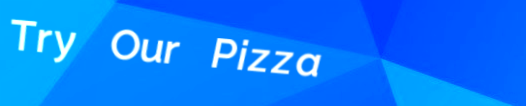
Try Our Pizza